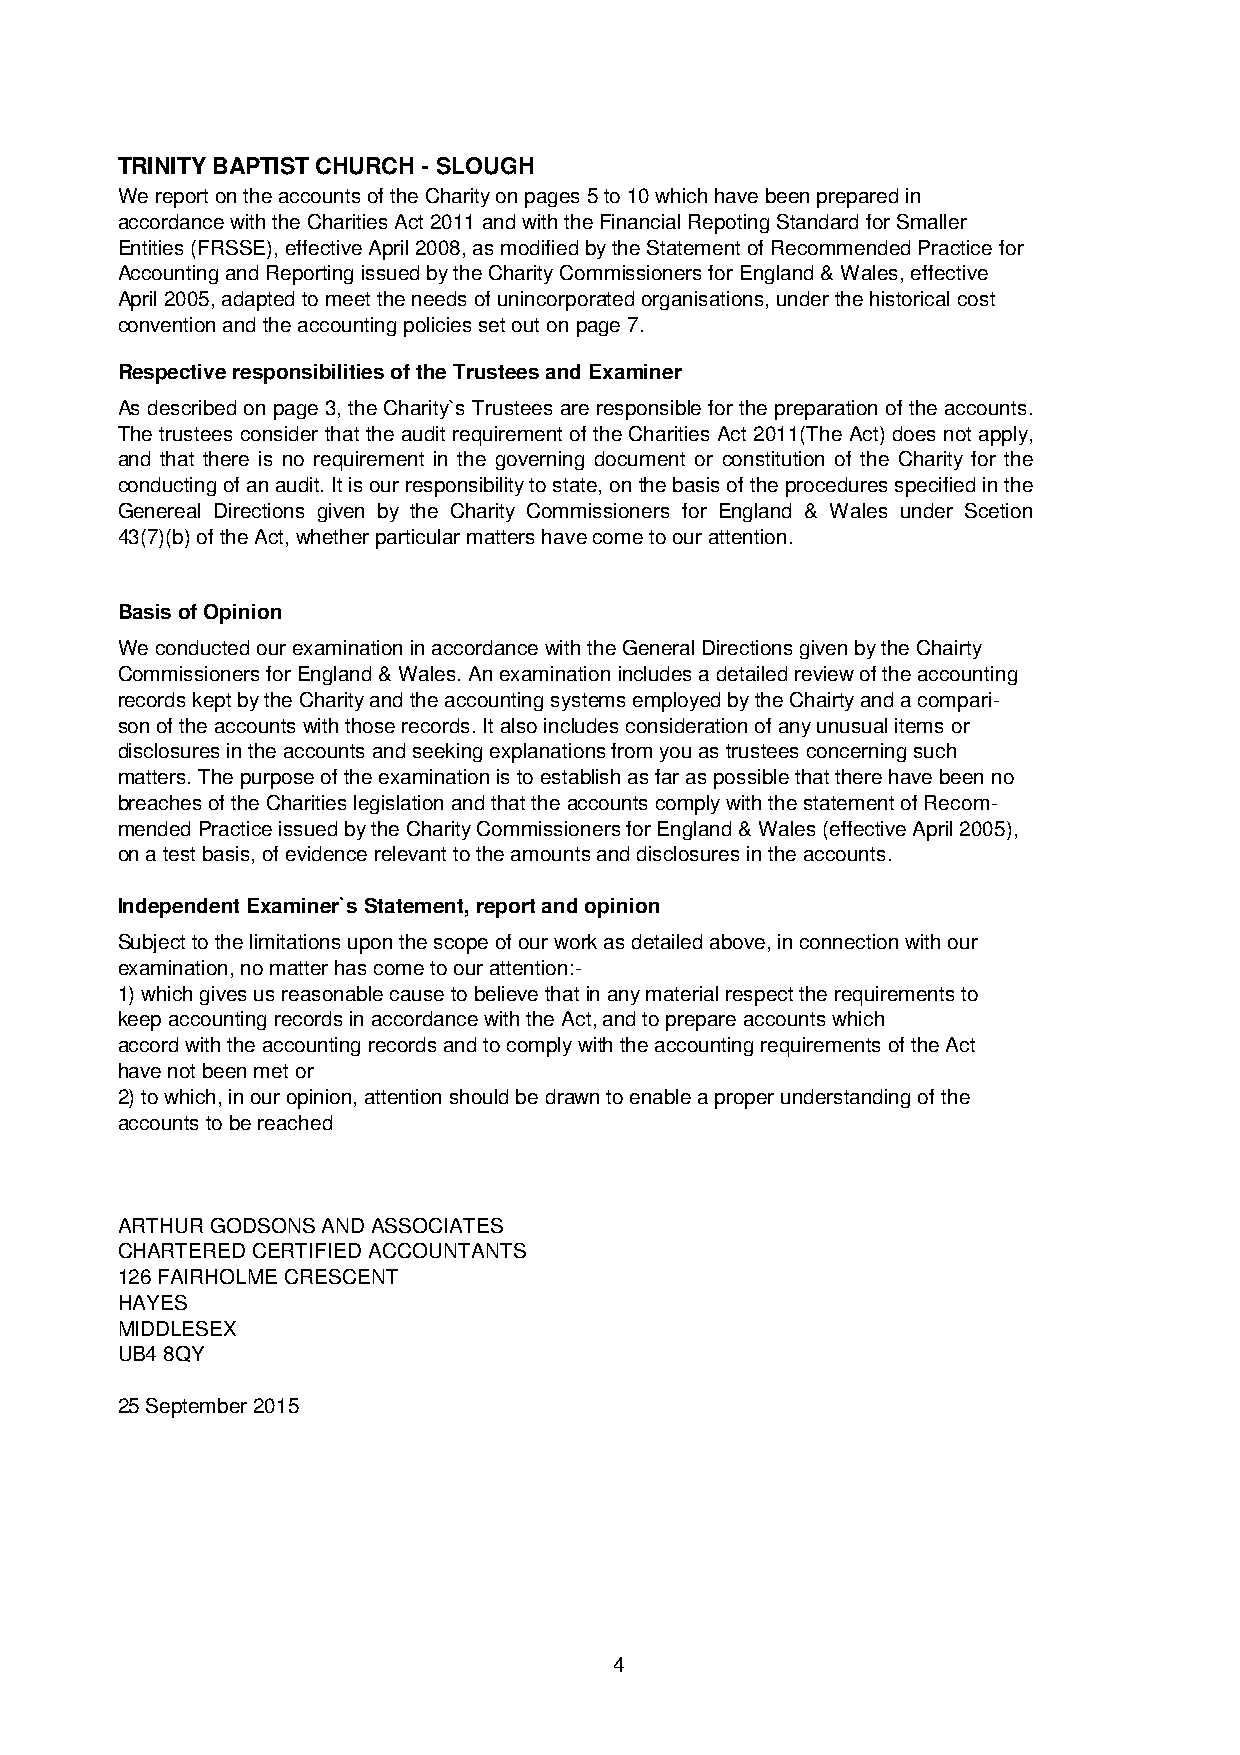
TRINITY BAPTIST CHURCH - SLOUGH
 We report on the accounts of the Charity on pages 5 to 10 which have been prepared in
 accordance with the Charities Act 2011 and with the Financial Repoting Standard for Smaller
 Entities (FRSSE), effective April 2008, as modified by the Statement of Recommended Practice for
 Accounting and Reporting issued by the Charity Commissioners for England & Wales, effective
 April 2005, adapted to meet the needs of unincorporated organisations, under the historical cost
 convention and the accounting policies set out on page 7.
 Respective responsibilities of the Trustees and Examiner
 As describedonpage3,theCharity`s Trustees areresponsiblefor thepreparationof theaccounts.
 The trustees consider that the audit requirementof theCharities Act2011(The Act) does notapply,
 and that there is no requirement in the governing document or constitution of the Charity for the
 conductingofanaudit.Itisourresponsibilitytostate,onthebasisoftheproceduresspecifiedinthe
 Genereal Directions given by the Charity Commissioners for England & Wales under Scetion
 43(7)(b) of the Act, whether particular matters have come to our attention.
 Basis of Opinion
 We conducted our examination in accordance with the General Directions given by the Chairty
 Commissioners for England & Wales. An examination includes a detailed review of the accounting
 records kept by the Charity and the accounting systems employed by the Chairty and a compari-
 son of the accounts with those records. It also includes consideration of any unusual items or
 disclosures in the accounts and seeking explanations from you as trustees concerning such
 matters. The purpose of the examination is to establish as far as possible that there have been no
 breaches of the Charities legislation and that the accounts comply with the statement of Recom-
 mended Practice issued by the Charity Commissioners for England & Wales (effective April 2005),
 on a test basis, of evidence relevant to the amounts and disclosures in the accounts.
 Independent Examiner`s Statement, report and opinion
 Subject to the limitations upon the scope of our work as detailed above, in connection with our
 examination, no matter has come to our attention:-
 1) which gives us reasonable cause to believe that in any material respect the requirements to
 keep accounting records in accordance with the Act, and to prepare accounts which
 accord with the accounting records and to comply with the accounting requirements of the Act
 have not been met or
 2) to which, in our opinion, attention should be drawn to enable a proper understanding of the
 accounts to be reached
 ARTHUR GODSONS AND ASSOCIATES
 CHARTERED CERTIFIED ACCOUNTANTS
 126 FAIRHOLME CRESCENT
 HAYES
 MIDDLESEX
 UB4 8QY
 25 September 2015
 4